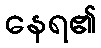
နေရ၏